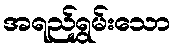
အရည်ရွှမ်းသော